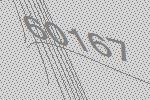
60167